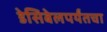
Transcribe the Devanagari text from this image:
डेसिबेलपर्यंतचा